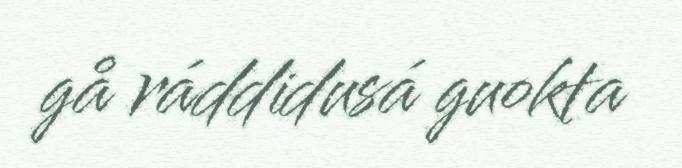
gå ráddidusá guokta